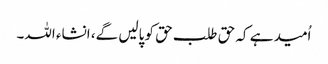
اُمید ہے کہ حق طلب حق کو پالیں گے، انشاء اللہ۔